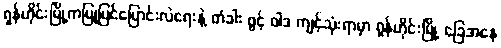
ရှန်ဟိုင်းမြို့ကပြုပြင်ပြောင်းလဲရေးနဲ့ တံခါး ဖွင့် ဝါဒ ကျင့်သုံးရာမှာ ရှန်ဟိုင်းမြို့ ခြေအနေ